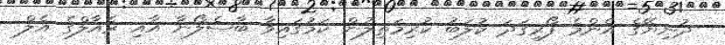
ދުނިޔޭގެ އެންމެ ފޯރިގަދަ ކުލަބު ކުރިމަތިލުން ކަމުގައިވާ ބާސެލޯނާ އާއި ރެއާލްގެ އެލް